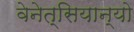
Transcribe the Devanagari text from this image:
वेनेत्सियान्यो